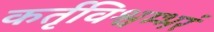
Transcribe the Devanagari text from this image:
कर्तृविश्वम्भरं